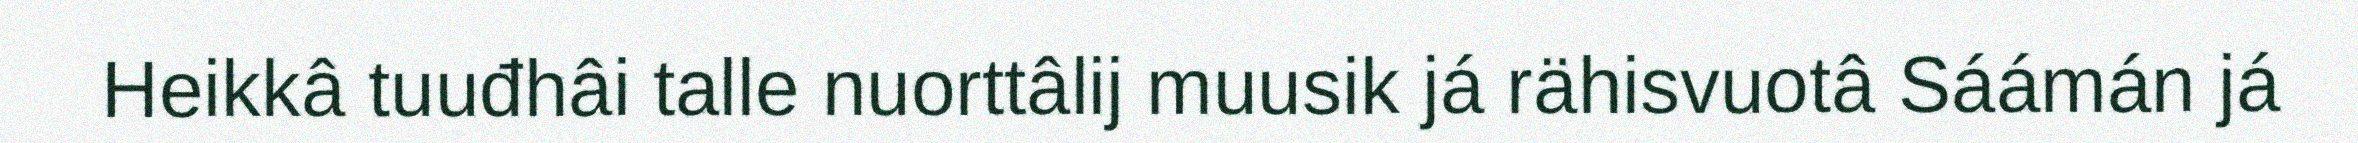
Heikkâ tuuđhâi talle nuorttâlij muusik já rähisvuotâ Sáámán já